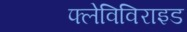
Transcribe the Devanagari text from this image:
फ्लेविविराइड